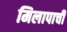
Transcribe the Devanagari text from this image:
मिलापाची